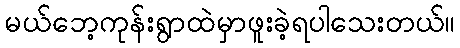
မယ်ဘေ့ကုန်းရွာထဲမှာဖူးခဲ့ရပါသေးတယ်။